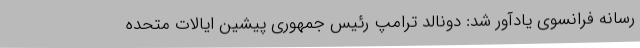
رسانه فرانسوی یادآور شد: دونالد ترامپ رئیس جمهوری پیشین ایالات متحده